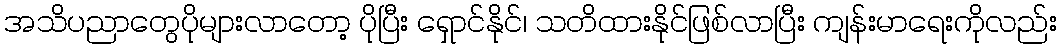
အသိပညာတွေပိုများလာတော့ ပိုပြီး ရှောင်နိုင်၊ သတိထားနိုင်ဖြစ်လာပြီး ကျန်းမာရေးကိုလည်း